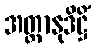
အတ္တာနုဒိဋ္ဌိံ